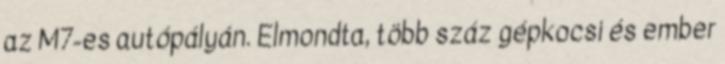
az M7-es autópályán. Elmondta, több száz gépkocsi és ember